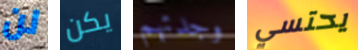
لن يكن وجدتهم يحتسي